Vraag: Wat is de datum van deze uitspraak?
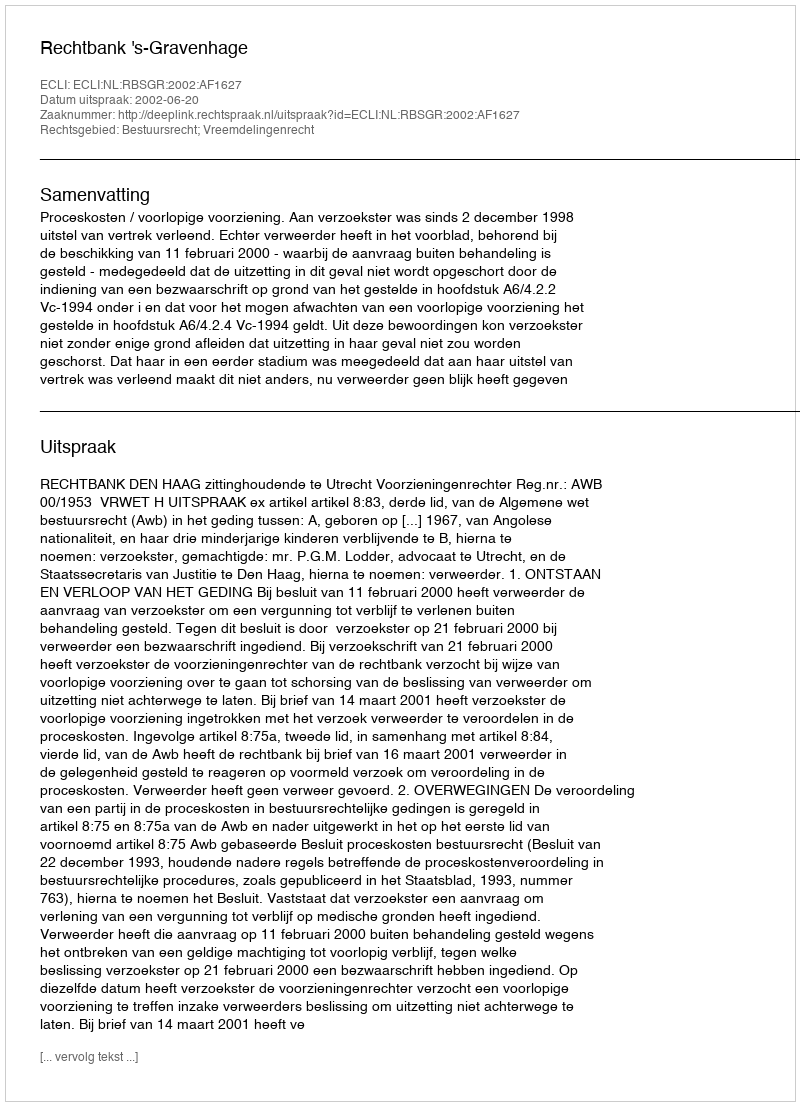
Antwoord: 2002-06-20